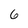
Character: 6